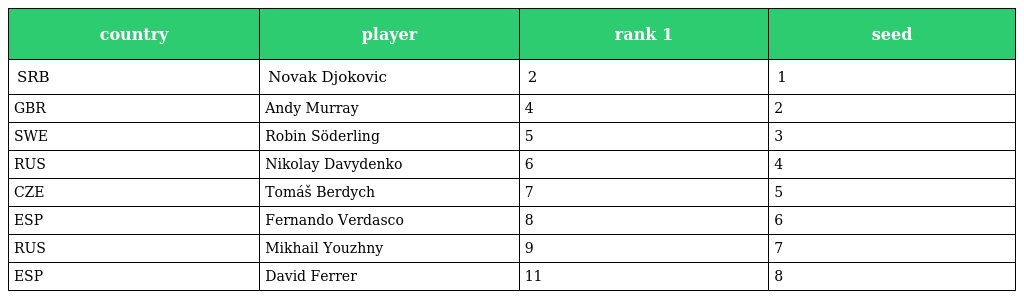
| country | player | rank 1 | seed |
 | --- | --- | --- | --- |
 | SRB | Novak Djokovic | 2 | 1 |
 | GBR | Andy Murray | 4 | 2 |
 | SWE | Robin Söderling | 5 | 3 |
 | RUS | Nikolay Davydenko | 6 | 4 |
 | CZE | Tomáš Berdych | 7 | 5 |
 | ESP | Fernando Verdasco | 8 | 6 |
 | RUS | Mikhail Youzhny | 9 | 7 |
 | ESP | David Ferrer | 11 | 8 |